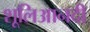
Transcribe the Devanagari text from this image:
शूलिआनदी